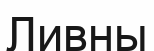
Ливны